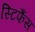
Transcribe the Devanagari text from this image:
स्टिफैंस